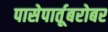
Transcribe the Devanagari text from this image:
पासेपार्तूबरोबर